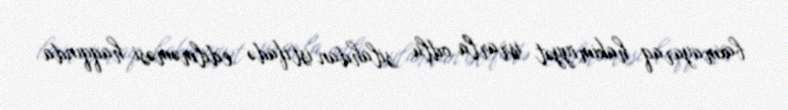
baxmayaraq hakimiyyət israrla odlu silahdan istifadə edilməməsi haqqında